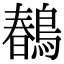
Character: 𪂹